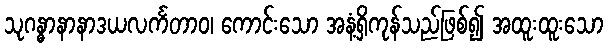
သုဂန္ဓာနာနာဒယလင်္ကတာဝ၊ ကောင်းသော အနံ့ရှိကုန်သည်ဖြစ်၍ အထူးထူးသော